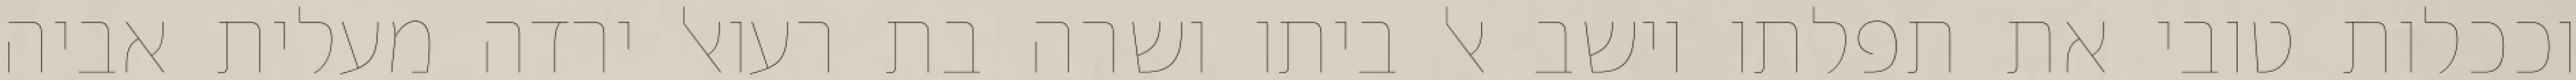
וככלות טובי את תפלתו וישב אל ביתו ושרה בת רעואל ירדה מעלית אביה